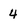
Character: 4